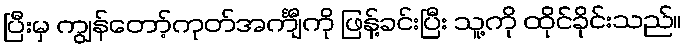
ပြီးမှ ကျွန်တော့်ကုတ်အင်္ကျီကို ဖြန့်ခင်းပြီး သူ့ကို ထိုင်ခိုင်းသည်။